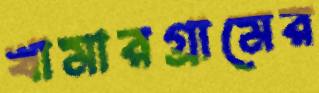
খামারগ্রামের